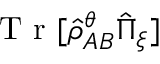
\mathrm { ~ T ~ r ~ } [ \hat { \rho } _ { A B } ^ { \theta } \hat { \Pi } _ { \boldsymbol { \xi } } ]